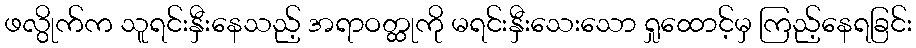
ဖလွိုက်က သူရင်းနှီးနေသည့် အရာဝတ္ထုကို မရင်းနှီးသေးသော ရှုထောင့်မှ ကြည့်နေရခြင်း